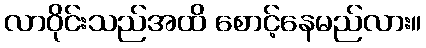
လာဝိုင်းသည်အထိ စောင့်နေမည်လား။